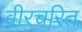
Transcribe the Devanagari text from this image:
वीरचरित